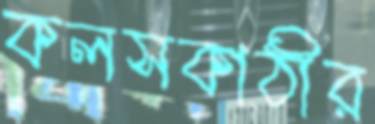
কলসকাঠীর